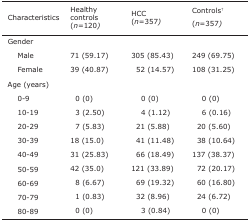
| Characteristics | Healthy controls (n=120) | HCC (n=357) | Controls† (n=357) |
 | --- | --- | --- | --- |
 | Gender |  |  |  |
 | Male | 71 (59.17) | 305 (85.43) | 249 (69.75) |
 | Female | 39 (40.87) | 52 (14.57) | 108 (31.25) |
 | Age (years) | <COLSPAN=3>  |
 | 0-9 | 0 (0) | 0 (0) | 0 (0) |
 | 10-19 | 3 (2.50) | 4 (1.12) | 6 (0.16) |
 | 20-29 | 7 (5.83) | 21 (5.88) | 20 (5.60) |
 | 30-39 | 18 (15.0) | 41 (11.48) | 38 (10.64) |
 | 40-49 | 31 (25.83) | 66 (18.49) | 137 (38.37) |
 | 50-59 | 42 (35.0) | 121 (33.89) | 72 (20.17) |
 | 60-69 | 8 (6.67) | 69 (19.32) | 60 (16.80) |
 | 70-79 | 1 (0.83) | 32 (8.96) | 24 (6.72) |
 | 80-89 | 0 (0) | 3 (0.84) | 0 (0) |